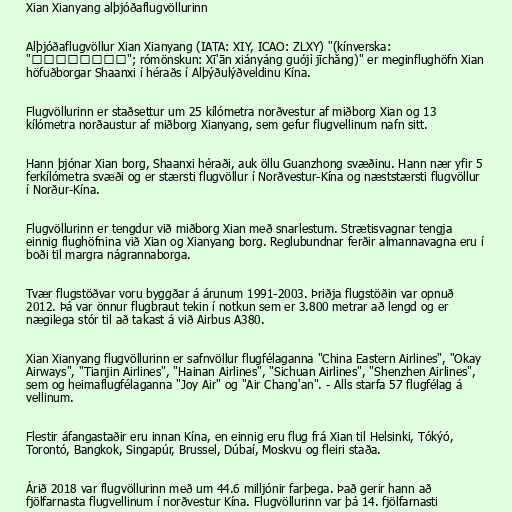
Xian Xianyang alþjóðaflugvöllurinn

Alþjóðaflugvöllur Xian Xianyang (IATA: XIY, ICAO: ZLXY) "(kínverska:
"西安咸阳国际机场"; rómönskun: Xī'ān xiányáng guójì jīchǎng)" er meginflughöfn Xian
höfuðborgar Shaanxi í héraðs í Alþýðulýðveldinu Kína.

Flugvöllurinn er staðsettur um 25 kílómetra norðvestur af miðborg Xian og 13
kílómetra norðaustur af miðborg Xianyang, sem gefur flugvellinum nafn sitt.

Hann þjónar Xian borg, Shaanxi héraði, auk öllu Guanzhong svæðinu. Hann nær yfir 5
ferkílómetra svæði og er stærsti flugvöllur í Norðvestur-Kína og næststærsti flugvöllur
í Norður-Kína.

Flugvöllurinn er tengdur við miðborg Xian með snarlestum. Strætisvagnar tengja
einnig flughöfnina við Xian og Xianyang borg. Reglubundnar ferðir almannavagna eru í
boði til margra nágrannaborga.

Tvær flugstöðvar voru byggðar á árunum 1991-2003. Þriðja flugstöðin var opnuð
2012. Þá var önnur flugbraut tekin í notkun sem er 3.800 metrar að lengd og er
nægilega stór til að takast á við Airbus A380.

Xian Xianyang flugvöllurinn er safnvöllur flugfélaganna "China Eastern Airlines", "Okay
Airways", "Tianjin Airlines", "Hainan Airlines", "Sichuan Airlines", "Shenzhen Airlines",
sem og heimaflugfélaganna "Joy Air" og "Air Chang'an". - Alls starfa 57 flugfélag á
vellinum.

Flestir áfangastaðir eru innan Kína, en einnig eru flug frá Xian til Helsinki, Tókýó,
Torontó, Bangkok, Singapúr, Brussel, Dúbaí, Moskvu og fleiri staða.

Árið 2018 var flugvöllurinn með um 44.6 milljónir farþega. Það gerir hann að
fjölfarnasta flugvellinum í norðvestur Kína. Flugvöllurinn var þá 14. fjölfarnasti